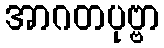
အာဂတပုဗ္ဗာ